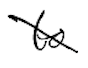
Text: to
Cross-out: diagonal
Writing tool: digital_black